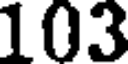
103